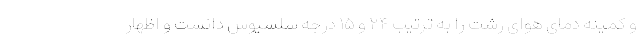
و کمینه دمای هوای رشت را به ترتیب ۲۴ و ۱۵ درجه سلسیوس دانست و اظهار